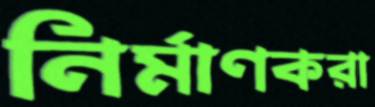
নির্মাণকরা